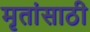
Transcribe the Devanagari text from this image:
मृतांसाठी